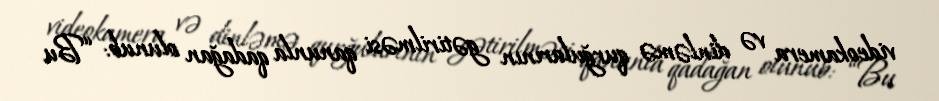
videokamera və dinləmə qurğularının gətirilməsi qanunla qadağan olunub: “Bu